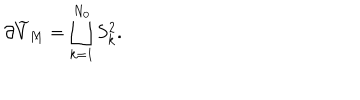
\partial \widetilde { V } _ { M } = \bigsqcup _ { k = 1 } ^ { N _ { 0 } } S _ { k } ^ { 2 } .